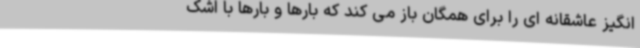
انگیز عاشقانه ای را برای همگان باز می کند که بارها و بارها با اشک